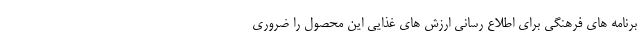
برنامه های فرهنگی برای اطلاع رسانی ارزش های غذایی این محصول را ضروری